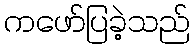
ကဖော်ပြခဲ့သည်